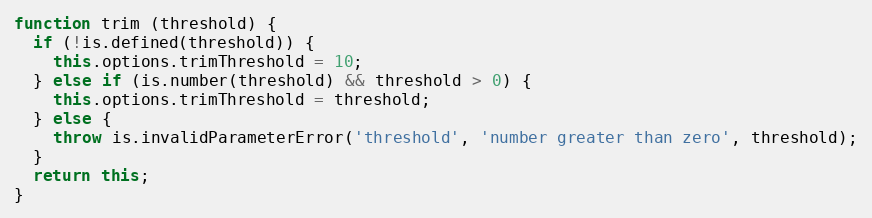
Language: JavaScript
function trim (threshold) {
  if (!is.defined(threshold)) {
    this.options.trimThreshold = 10;
  } else if (is.number(threshold) && threshold > 0) {
    this.options.trimThreshold = threshold;
  } else {
    throw is.invalidParameterError('threshold', 'number greater than zero', threshold);
  }
  return this;
}